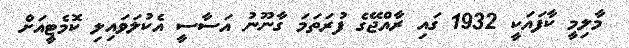
މާލިމީ ކާފައަކީ 1932 ގައި ރާއްޖޭގެ ފުރަތަމަ ގާނޫނު އަސާސީ އެކުލަވައިލި ކޮމެޓީއަށް